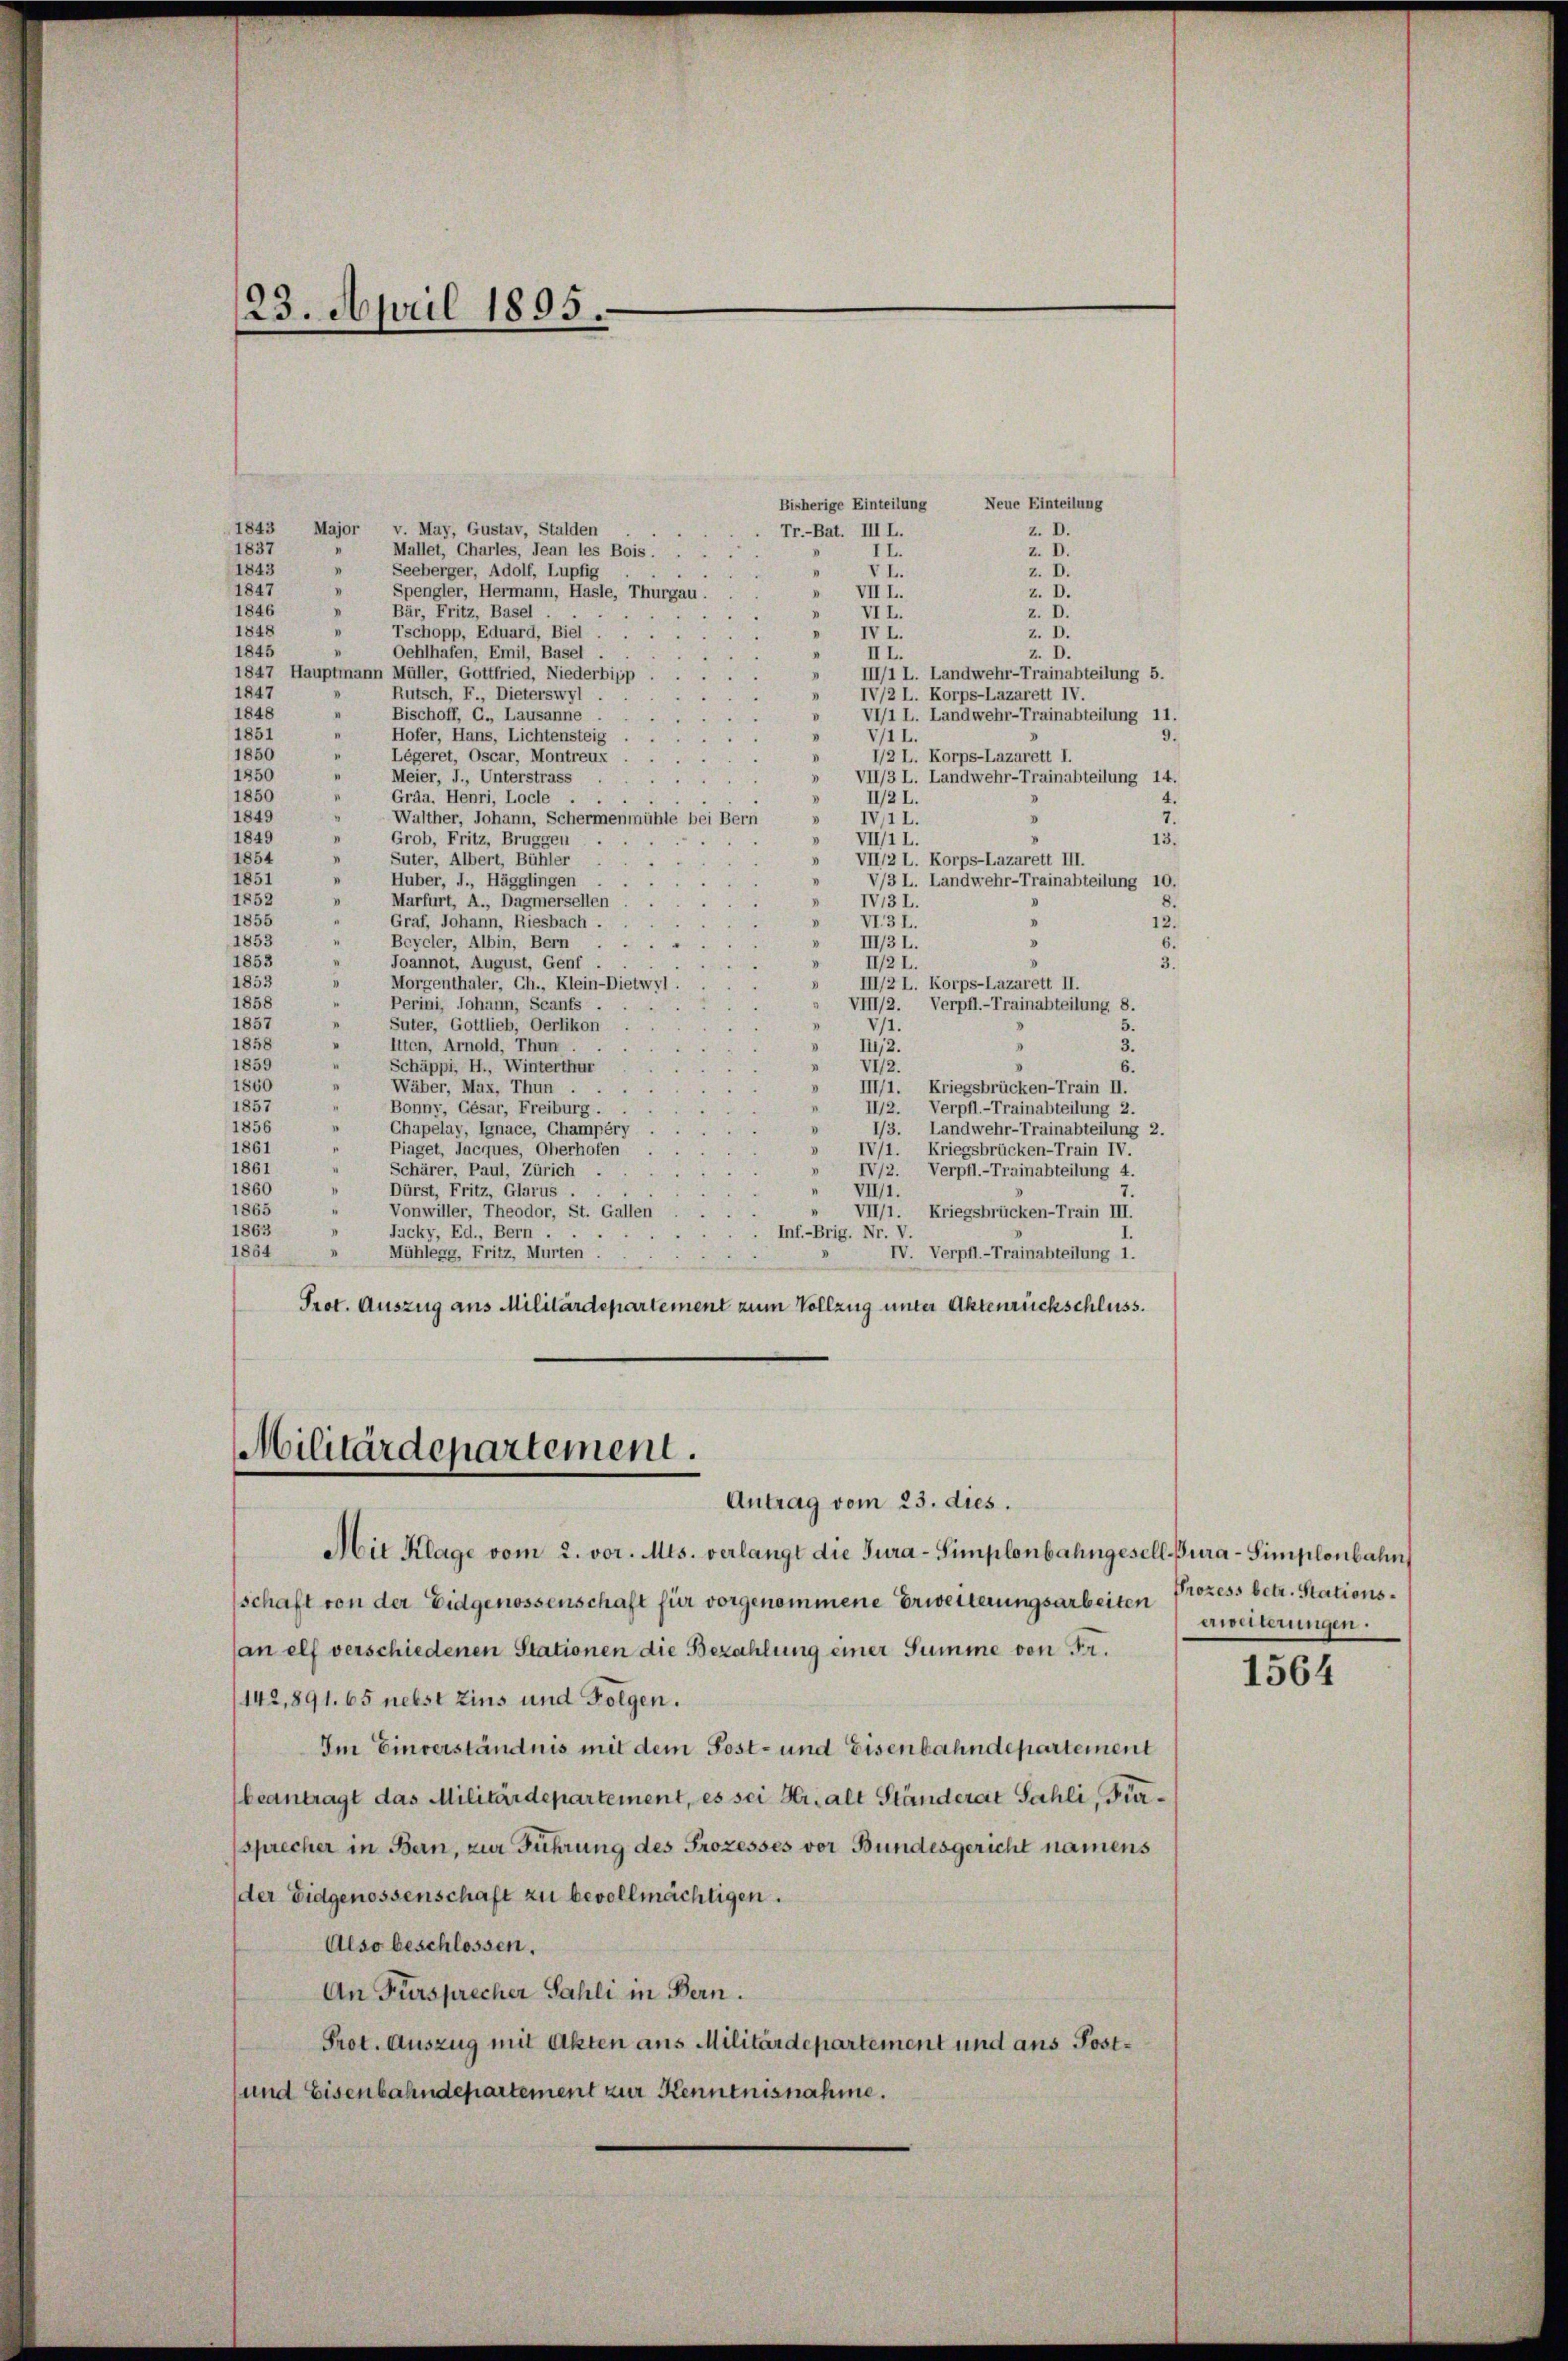
23. April 1895.

Neue Einteilung
Bisherige Einteilung
1843 Major v. May, Gustav, Stalden
z. D.
Tr.-Bat. III L.
1837
Mallet, Charles, Jean les Bois.
z. D.
II.
"
Seeberger, Adolf, Lupfig
1843
z. D.
VI.
"
1847
Spengler, Hermann, Hasle, Thurgau.
z. D.
VIII.
1846
Bär, Fritz, Basel
VII.
z. D.
1848
Tschopp, Eduard, Biel
Z. D.
IV L.
1845
Oehlhäfen, Emil, Basel
"
III.
z. D.
1847 Hauptmann Müller, Gottfried, Niederbipp
III/1 L. Landwehr-Trainabteilung 5.
1847
Rutsch, F., Dieterswyl
IV/2 L. Korps-Lazarett IV.
Bischoff, C., Lausanne
1848
VI/1 L. Landwehr-Trainabteilung 11.
1851
9.
Hofer, Hans, Lichtensteig
VII.
Legeret, Oscar, Montreux
1850
12 L. Korps-Lazarett I.
1850
Meier, J., Unterstrass
VII/3 L. Landwehr-Trainabteilung 14.
1850
Gräa, Henri, Locle .
II/2 L.
"
1849
Walther, Johann, Schermenmühle bei Bern
IVII.
Grob, Fritz, Bruggen
1849
VII/II.
13.
Suter, Albert, Bühler
1854
VII/2 L. Korps-Lazarett III.
1851
Huber, I., Hägglingen
V/3 L. Landwehr-Trainabteilung 10.
1852
Marfurt, A., Dagmersellen
IV13 L.
8.
1855
Graf, Johann, Riesbach .
"
VI3I.
V
12.
1853
Beydler, Albin, Bern .
6.
v
III/3 I.
1853
Joannot, August, Genf .
3.
II2I.
1853
Morgenthaler, Ch., Klein-Dietwyl.
III/2 L. Korps-Lazarett II.
1858
Perini, Johann, Scanfs .
VIII/2. Verpfl.-Trainabteilung 8.
Suter, Gottlieb, Oerlikon
1857
V/1.
1858
liten, Arnold, Thun . .
2.
II,2.
1859
Schäppi, H., Winterthur
VI/2.
6.
1860
Wäber, Max, Thun .
III/1. Kriegsbrücken-Train II.
1857
Bonny, Gésar, Freiburg.
II2. Verpfl.-Trainabteilung 2.
1856
Chapelay, Ignace, Champéry
1/3. Landwehr-Trainabteilung 2.
1861
Piaget, Jacques, Oberhofen
IV/1. Kriegsbrücken-Train IV.
1861
I
Schärer, Paul, Zürich .
IV/2. Verpfl.-Trainabteilung 4.
1860
I
Dürst, Fritz, Glarus . .
VII/1.
"
1865
Vonwiller, Theodor, St. Gallen
 VII/1. Kriegsbrücken-Train III.
1863
Jucky, Ed., Bern . .
Inf.-Brig. Nr. V.
1864
n
Mühlegg, Fritz, Murten.
IV. Verpfl.-Trainabteilung 1.
Prot. Auszug aus Militärdepartement zum Vollzug unter Aktenrückschluss.
Militärdepartement.
Antrag vom 23. dies.
Mit Klage vom 2. vor. Mts. verlangt die Jura-Simplonbahngesell-Bura-Simplonbahn
schaft von der Eidgenossenschaft für vorgenommene Erweiterungsarbeiten Prozess betr. Stationsan elf verschiedenen Stationen die Bezahlung einer Summe von Fr.
1142,891. 65 nebst Zins und Folgen.
Im Einverständnis mit dem Post- und Eisenbahndepartement
beantragt das Militärdepartement, es sei Hr. alt Ständerat Sahli, Fürsprecher in Bern, zur Führung des Prozesses vor Bundesgericht namens
der Eidgenossenschaft zu bevollmächtigen.
Also beschlossen.
An Fürsprecher Sahli in Bern.
Prot. Auszug mit Akten aus Militärdepartement und ans Post¬
und Eisenbahndepartement zur Kenntnisnahme.

erweiterungen.

1564